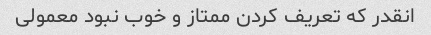
انقدر که تعریف کردن ممتاز و خوب نبود معمولی